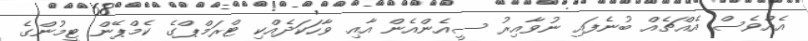
އެއްވެސް އެއްޗެއް ބުނެފައި ނުވާއިރު ސީއެންއެން އާއި ވާހަކަދެއްކި ޓްރަމްޕްގެ ކެމްޕޭން ޓީމުންގެ